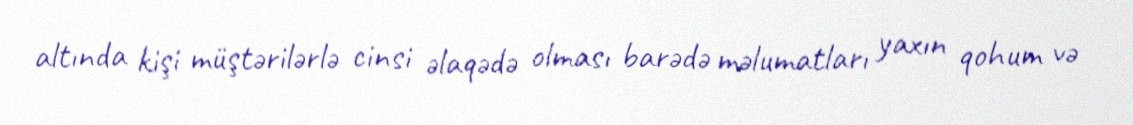
altında kişi müştərilərlə cinsi əlaqədə olması barədə məlumatları yaxın qohum və